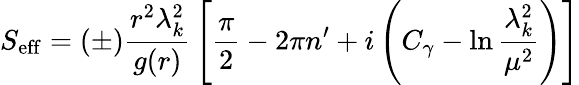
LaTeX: S_{\mathrm{eff}}=(\pm){\frac{r^{2}\lambda_{k}^{2}}{g(r)}}\left[{\frac{\pi}{2}}-2\pi n^{\prime}+i\left(C_{\gamma}-\ln{\frac{\lambda_{k}^{2}}{\mu^{2}}}\right)\right]